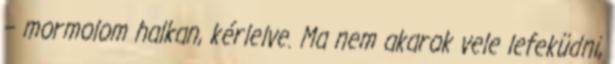
– mormolom halkan, kérlelve. Ma nem akarok vele lefeküdni,